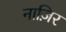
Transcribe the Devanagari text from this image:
नाज़िर